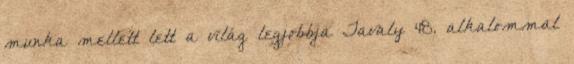
munka mellett lett a világ legjobbja Tavaly 48. alkalommal